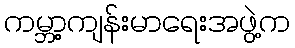
ကမ္ဘာ့ကျန်းမာရေးအဖွဲ့က